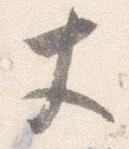
丈